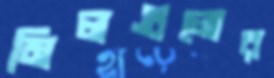
মিলগুলোর